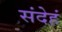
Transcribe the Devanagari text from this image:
संदेहं